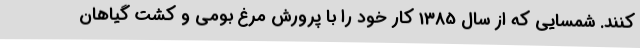
کنند. شمسایی که از سال 1385 کار خود را با پرورش مرغ بومی و کشت گیاهان